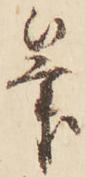
筆